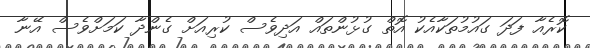
ކޮރެއާ ފަދަ ގައުމުތަކާއެކު އޮތް ގުޅުންތައް އަދިވެސް ކުރިއަށް ގެންދާ ކަމަށްވެސް އޭނާ